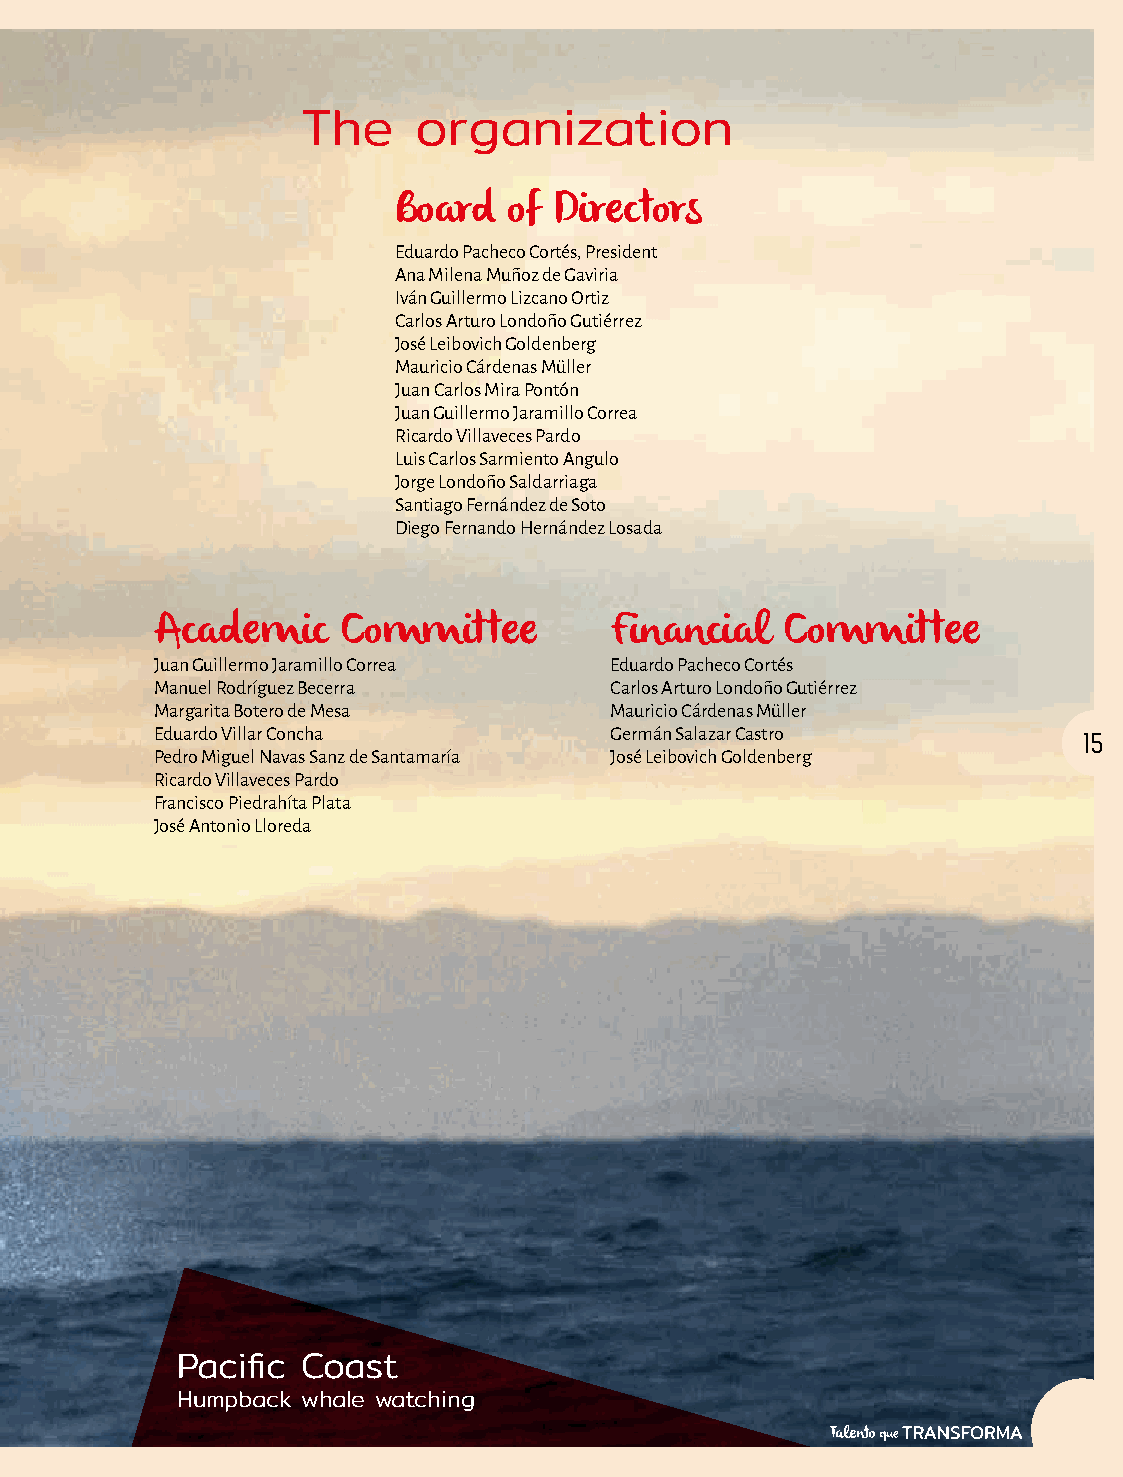
The    organization
 Board   of Directors
 Eduardo Pacheco Cortés, President
 Ana Milena Muñoz de Gaviria
 Iván Guillermo Lizcano Ortiz
 Carlos Arturo Londoño Gutiérrez
 José Leibovich Goldenberg
 Mauricio Cárdenas Müller
 Juan Carlos Mira Pontón
 Juan Guillermo Jaramillo Correa
 Ricardo Villaveces Pardo
 Luis Carlos Sarmiento Angulo
 Jorge Londoño Saldarriaga
 Santiago Fernández de Soto
 Diego Fernando Hernández Losada
 Academic     Committee        Financial   Committee
 Juan Guillermo Jaramillo Correa Eduardo Pacheco Cortés
 Manuel Rodríguez Becerra      Carlos Arturo Londoño Gutiérrez
 Margarita Botero de Mesa      Mauricio Cárdenas Müller
 Eduardo Villar Concha         Germán Salazar Castro           15
 Pedro Miguel Navas Sanz de Santamaría José Leibovich Goldenberg
 Ricardo Villaveces Pardo
 Francisco Piedrahíta Plata
 José Antonio Lloreda
 Pacific Coast
 Humpback whale watching